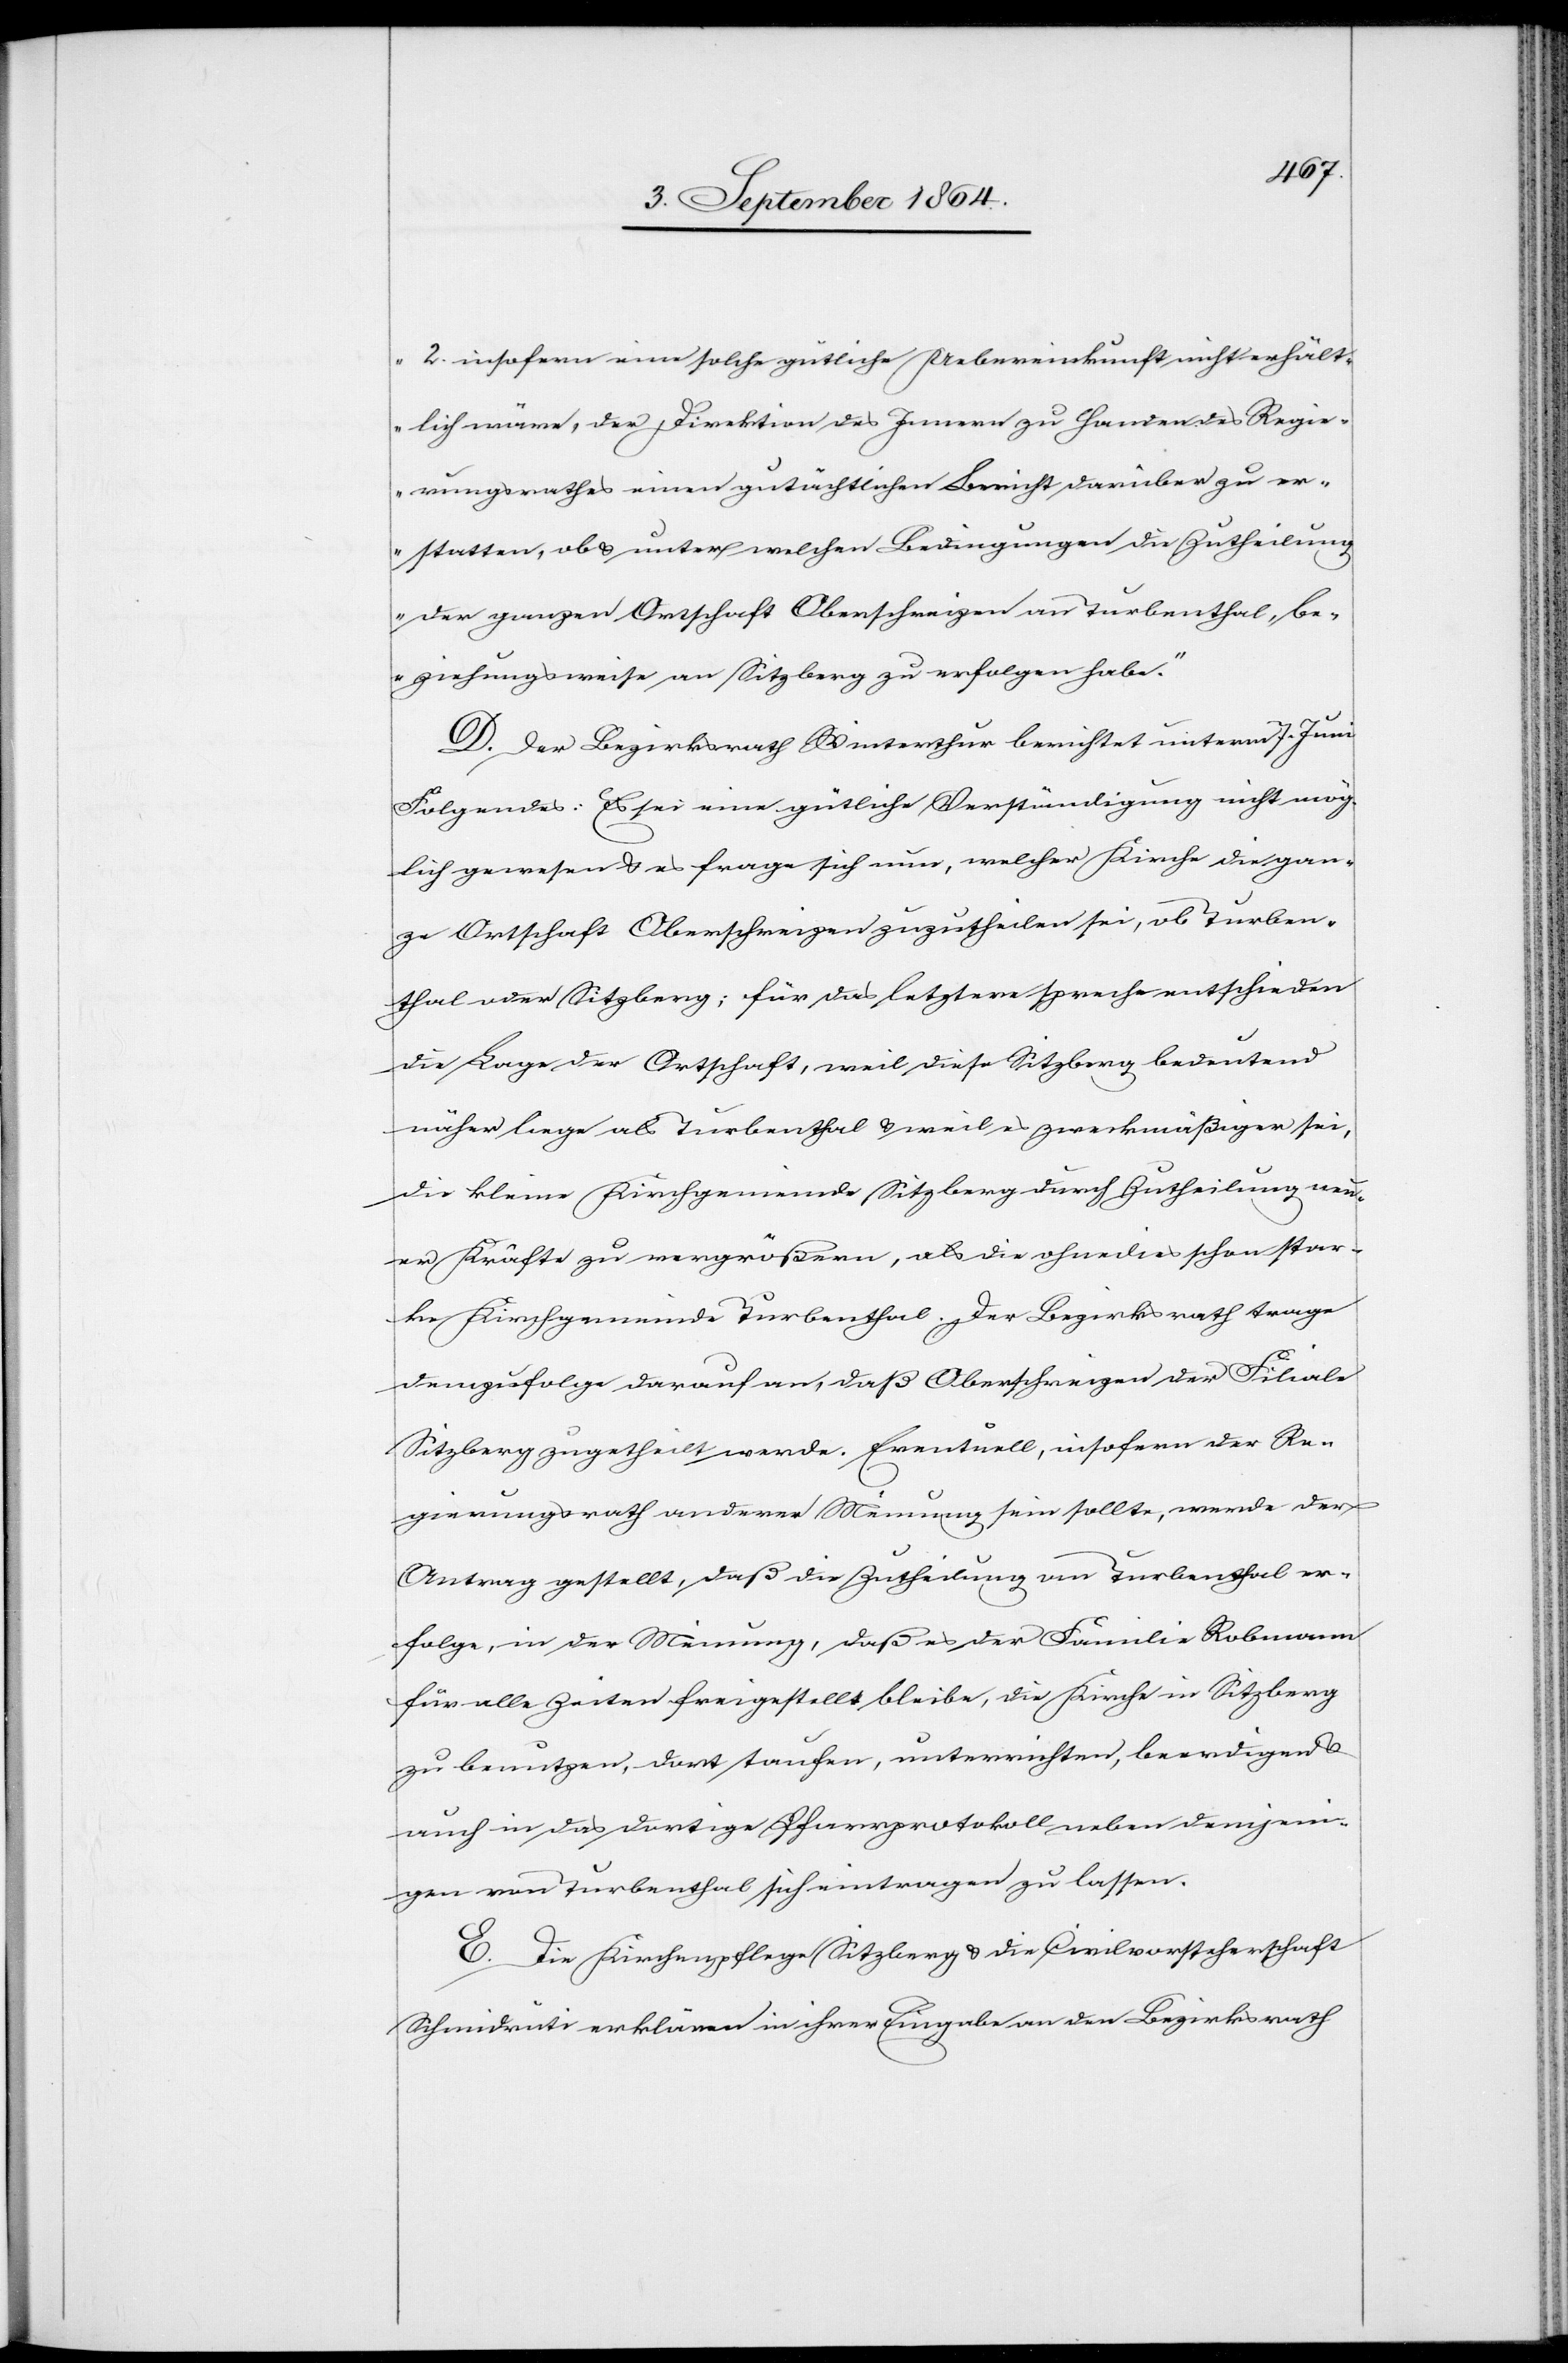
2. insofern eine solche gütliche Uebereinkunft nicht erhält¬
lich wäre, der Direktion des Innern zu Handen des Regie¬
rungsrathes einen gutächtlichen Bericht darüber zu er¬
statten, ob & unter welchen Bedingungen die Zutheilung
der ganzen Ortschaft Oberschreizen an Turbenthal be¬
ziehungsweise an Sitzberg zu erfolgen habe.“
D. Der Bezirksrath Winterthur berichtet unterm 7. Juni
Folgendes: Es sei eine gütliche Verständigung nicht mög¬
lich gewesen & es frage sich nun, welcher Kirche die gan¬
ze Ortschaft Oberschreizen zuzutheilen sei, ob Turben¬
thal oder Sitzberg; für das letztere spreche entschieden
die Lage der Ortschaft, weil diese Sitzberg bedeutend
näher liege als Turbenthal & weil es zweckmäßiger sei,
die kleine Kirchgemeinde Sitzberg durch Zutheilung neu¬
er Kräfte zu vergrößern, als die ohnedies schon star¬
ke Kirchgemeinde Turbenthal. Der Bezirksrath trage
demzufolge darauf an, daß Oberschreizen der Filiale
Sitzberg zugetheilt werde. Eventuell, insofern der Re¬
gierungsrath anderer Meinung sein sollte, werde der
Antrag gestellt, daß die Zutheilung an Turbenthal er¬
folge, in der Meinung, daß es der Familie Robmann
für alle Zeiten freigestellt bleibe, die Kirche in Sitzberg
zu benutzten, dort taufen, unterrichten, beerdigen &
auch in das dortige Pfarrprotokoll neben demjeni¬
gen von Turbenthal sich eintragen zu lassen.
E. Die Kirchenpflege Sitzberg & die Civilvorsteherschaft
Schmidrüti erklären in ihrer Eingabe an den Bezirksrath